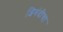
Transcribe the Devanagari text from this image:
शिबंदीचा